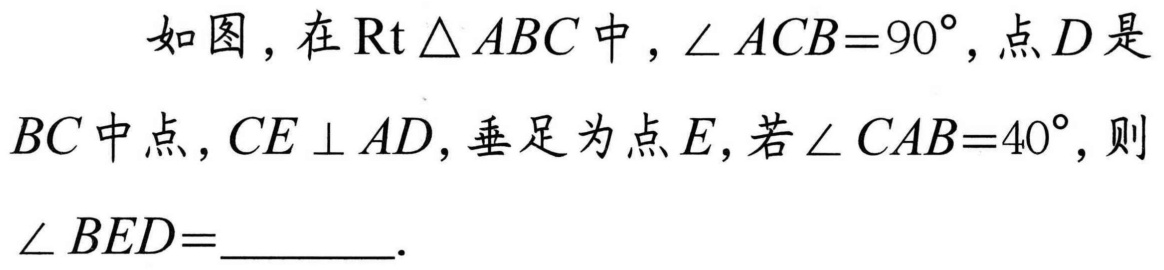
如图，在$\text{Rt}\triangle ABC$中，$\angle ACB = 90^{\circ}$，点$D$是$BC$中点，$CE\perp AD$，垂足为点$E$，若$\angle CAB = 40^{\circ}$，则$\angle BED=$  ．